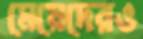
মেয়েদেরও